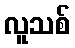
လူသစ်